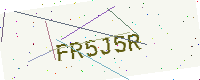
Text: FR5J5R